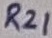
Text: R21